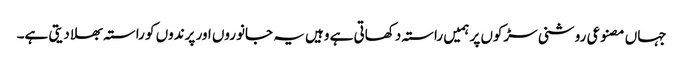
جہاں مصنوعی روشنی سڑکوں پر ہمیں راستہ دکھاتی ہے وہیں یہ جانوروں اور پرندوں کو راستہ بھلا دیتی ہے۔